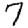
Digit: 7